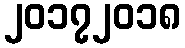
၂၀၁၇၂၀၁၈